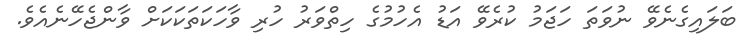
ބަލައިގެނެވޭ ނުވަތަ ހަޖަމު ކުރެވޭ އަޑު އެހުމުގެ ހިތްވަރު ހުރި ވާހަކަތަކަކަށް ވާންޖެހޭނެއެވެ.